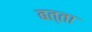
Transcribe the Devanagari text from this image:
बत्ता